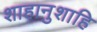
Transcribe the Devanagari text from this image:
शाहानुशाहि